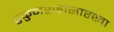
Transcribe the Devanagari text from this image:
हुकुमशहासारखा